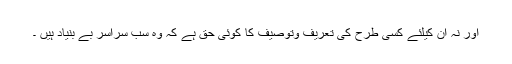
اور نہ ان کیلئے کسی طرح کی تعریف وتوصیف کا کوئی حق ہے کہ وہ سب سراسر بے بنیاد ہیں ۔